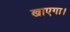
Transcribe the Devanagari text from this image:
खाएगा।